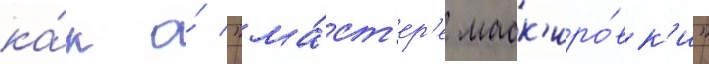
ка́к о́ "ма́ст'ер'е маск'иро́вк'и"